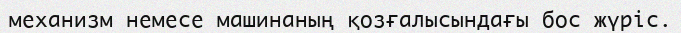
механизм немесе машинаның қозғалысындағы бос жүріс.